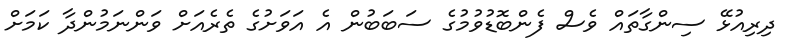
ދިރިއުޅޭ ސިންގާތައް ވެސް ފެންބޮޑުވުމުގެ ސަބަބުން އެ އަވަށުގެ ތެރެއަށް ވަންނަމުންދާ ކަމަށް